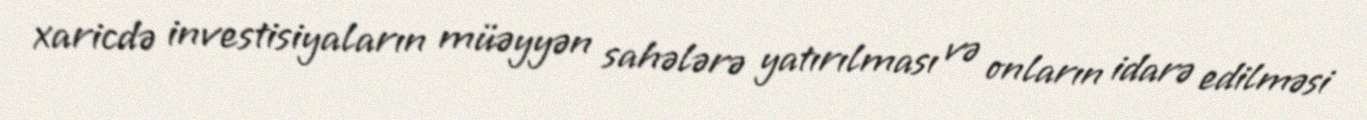
xaricdə investisiyaların müəyyən sahələrə yatırılması və onların idarə edilməsi